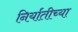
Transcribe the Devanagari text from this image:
निर्यातीच्या